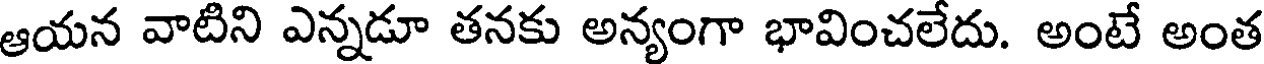
ఆయన వాటిని ఎన్నడూ తనకు అన్యంగా భావించలేదు. అంటే అంత